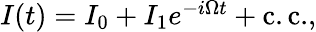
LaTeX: \begin{array}{r}{I(t)=I_{0}+I_{1}e^{-i\Omega t}+\mathrm{{c.c.},}}\end{array}